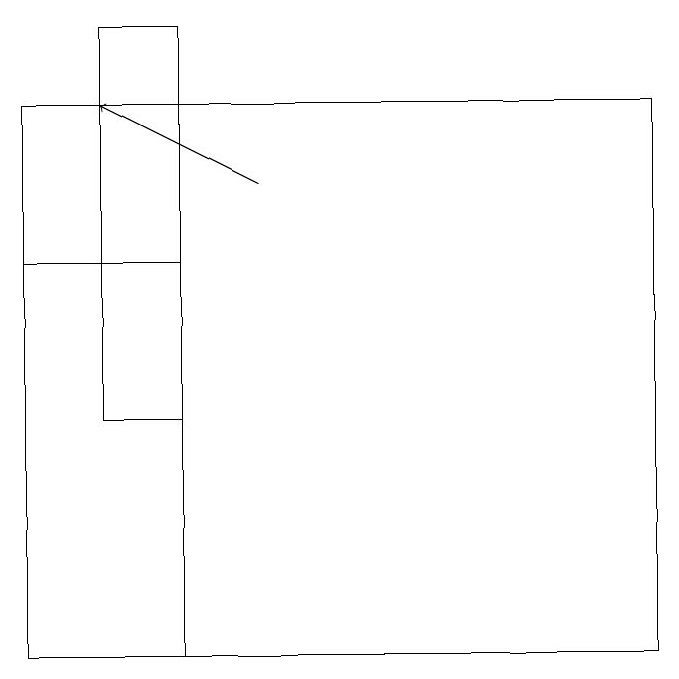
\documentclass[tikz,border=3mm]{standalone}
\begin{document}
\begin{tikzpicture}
\draw[->] (3,16) -- (1,17);
\draw (0,10) rectangle (2,15);
\draw (1,18) rectangle (2,13);
\draw (8,10) rectangle (0,17);
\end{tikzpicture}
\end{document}